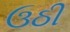
ઉઠી